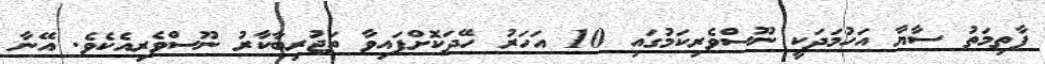
ފާތިމަތު ސާޔާ އަހުމަދަކީ ނޫސްވެރިކަމުގައި 10 އަހަރު ހޭދަކޮށްފައިވާ ތަޖުރިބާކާރު ނޫސްވެރިއެކެވެ. އޭނާ